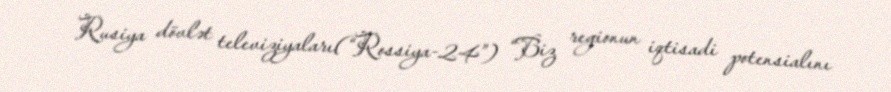
Rusiya dövlət televiziyaları(“Rossiya-24”) “Biz regionun iqtisadi potensialını